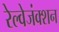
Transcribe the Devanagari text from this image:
रेल्वेजंक्शन